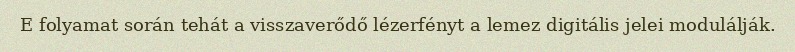
E folyamat során tehát a visszaverődő lézerfényt a lemez digitális jelei modulálják.